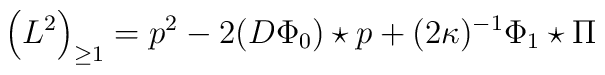
\left(L^{2}\right)_{\geq 1} = p^{2} - 2 (D\Phi_{0})\star p +(2\kappa)^{-1} \Phi_{1}\star \Pi